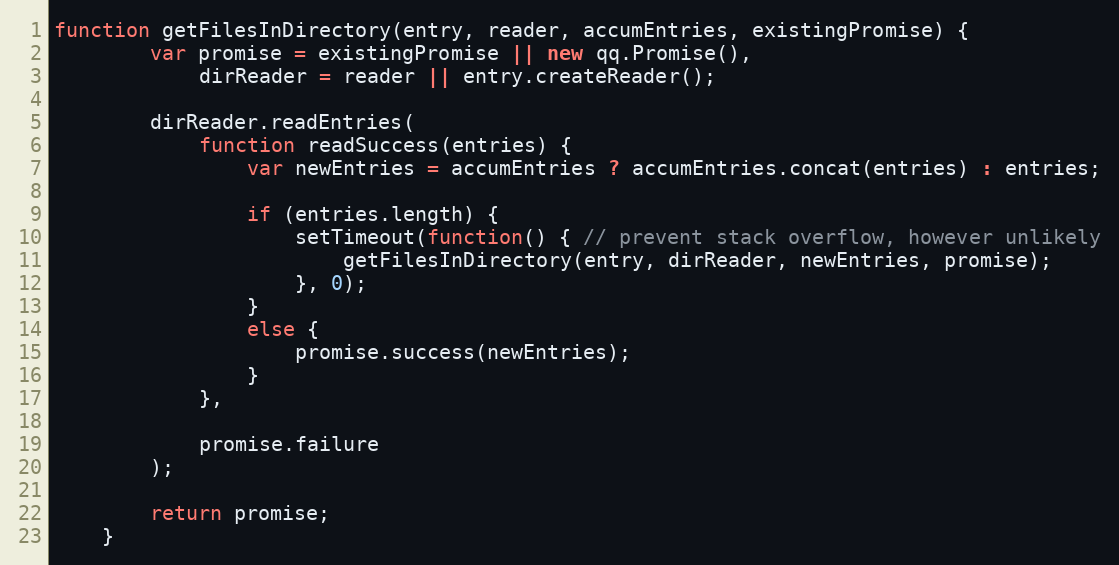
Language: JavaScript
function getFilesInDirectory(entry, reader, accumEntries, existingPromise) {
        var promise = existingPromise || new qq.Promise(),
            dirReader = reader || entry.createReader();

        dirReader.readEntries(
            function readSuccess(entries) {
                var newEntries = accumEntries ? accumEntries.concat(entries) : entries;

                if (entries.length) {
                    setTimeout(function() { // prevent stack overflow, however unlikely
                        getFilesInDirectory(entry, dirReader, newEntries, promise);
                    }, 0);
                }
                else {
                    promise.success(newEntries);
                }
            },

            promise.failure
        );

        return promise;
    }